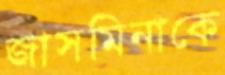
জাসমিনাকে